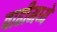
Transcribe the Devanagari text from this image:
वाढीमध्ये